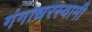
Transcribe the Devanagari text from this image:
गंगाधरस्वामी